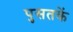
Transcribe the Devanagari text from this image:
पुसतकें